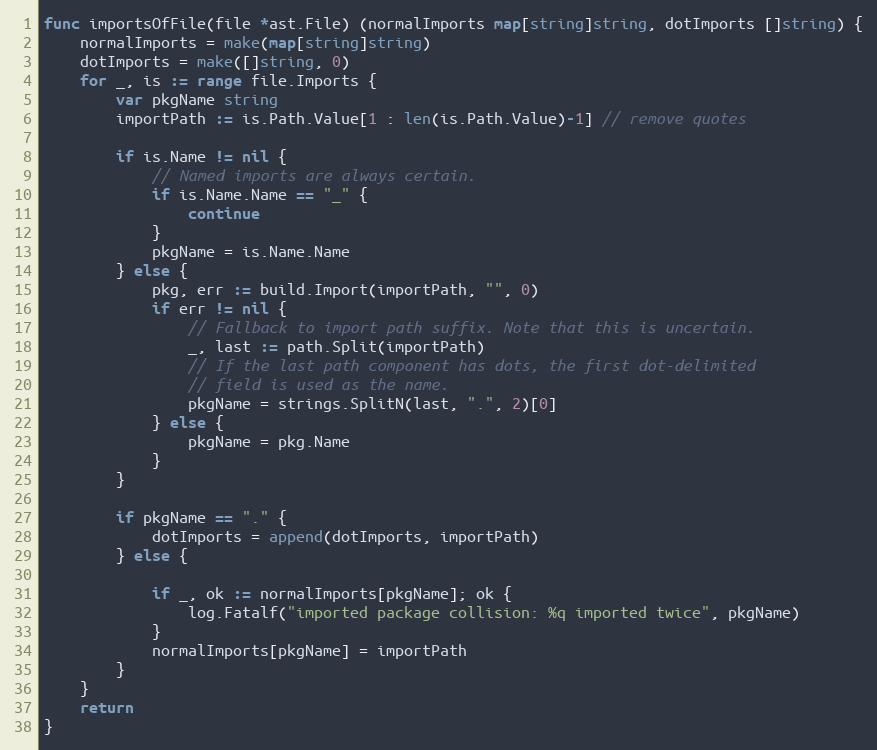
Language: Go
func importsOfFile(file *ast.File) (normalImports map[string]string, dotImports []string) {
	normalImports = make(map[string]string)
	dotImports = make([]string, 0)
	for _, is := range file.Imports {
		var pkgName string
		importPath := is.Path.Value[1 : len(is.Path.Value)-1] // remove quotes

		if is.Name != nil {
			// Named imports are always certain.
			if is.Name.Name == "_" {
				continue
			}
			pkgName = is.Name.Name
		} else {
			pkg, err := build.Import(importPath, "", 0)
			if err != nil {
				// Fallback to import path suffix. Note that this is uncertain.
				_, last := path.Split(importPath)
				// If the last path component has dots, the first dot-delimited
				// field is used as the name.
				pkgName = strings.SplitN(last, ".", 2)[0]
			} else {
				pkgName = pkg.Name
			}
		}

		if pkgName == "." {
			dotImports = append(dotImports, importPath)
		} else {

			if _, ok := normalImports[pkgName]; ok {
				log.Fatalf("imported package collision: %q imported twice", pkgName)
			}
			normalImports[pkgName] = importPath
		}
	}
	return
}